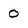
Character: 0